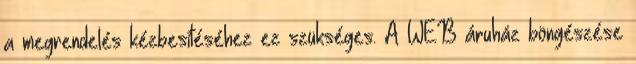
a megrendelés kézbesítéséhez ez szükséges. A WEB áruház böngészése